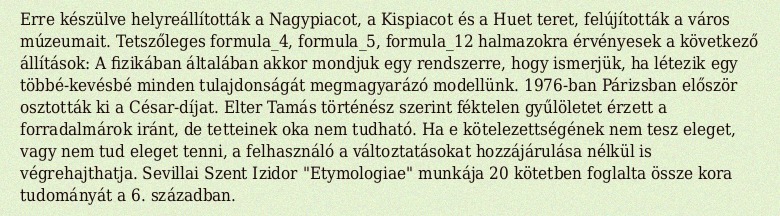
Erre készülve helyreállították a Nagypiacot, a Kispiacot és a Huet teret, felújították a város múzeumait. Tetszőleges formula_4, formula_5, formula_12 halmazokra érvényesek a következő állítások: A fizikában általában akkor mondjuk egy rendszerre, hogy ismerjük, ha létezik egy többé-kevésbé minden tulajdonságát megmagyarázó modellünk. 1976-ban Párizsban először osztották ki a César-díjat. Elter Tamás történész szerint féktelen gyűlöletet érzett a forradalmárok iránt, de tetteinek oka nem tudható. Ha e kötelezettségének nem tesz eleget, vagy nem tud eleget tenni, a felhasználó a változtatásokat hozzájárulása nélkül is végrehajthatja. Sevillai Szent Izidor "Etymologiae" munkája 20 kötetben foglalta össze kora tudományát a 6. században.